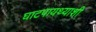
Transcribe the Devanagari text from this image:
घाटपायथ्याशी